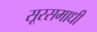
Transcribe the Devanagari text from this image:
सूरसमाधी